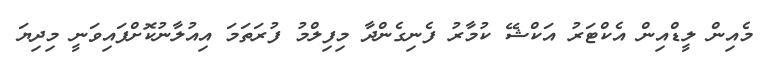
މެއިން ލީޑްއިން އެކްޓަރު އަކްޝޭ ކުމާރު ފެނިގެންދާ މިފިލްމު ފުރަތަމަ އިއުލާނުކޮށްފައިވަނީ މިދިޔަ